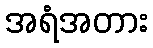
အရံအတား